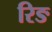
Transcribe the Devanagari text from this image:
रिङ